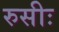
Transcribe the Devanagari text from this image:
रुसीः